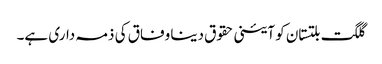
گلگت بلتستان کو آئینی حقوق دینا وفاق کی ذمہ داری ہے۔